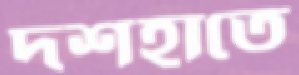
দশহাতে